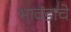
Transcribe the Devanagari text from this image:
भावंडाचे